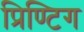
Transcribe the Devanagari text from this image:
प्रिण्टिग